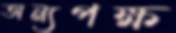
অন্যপক্ষ